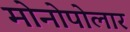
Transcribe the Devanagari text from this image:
मोनोपोलार